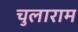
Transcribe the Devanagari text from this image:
चुलाराम